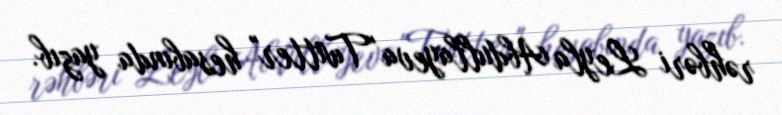
rəhbəri Leyla Abdullayeva "Twitter" hesabında yazıb.